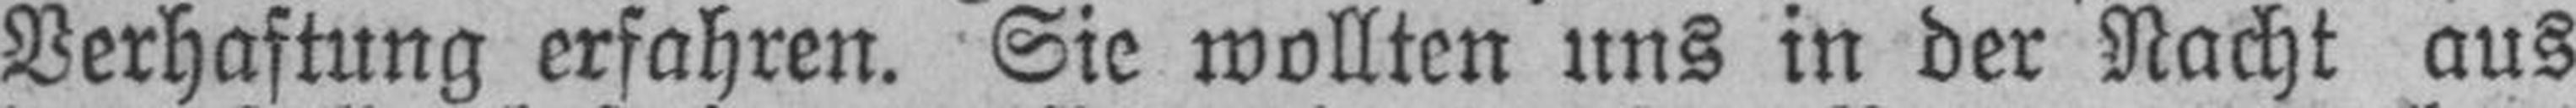
Verhaftung erfahren. Sie wollten uns in der Nacht aus